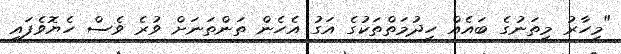
"މިހާރު މިތަނުގެ ބައެއް ހިދުމަތްތަކުގެ އަގު އެހެން ތަންތަނަށް ވުރެ ވެސް ހެޔޮވެފައި